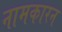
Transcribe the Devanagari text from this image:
नामकारन